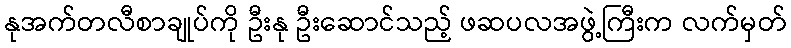
နုအက်တလီစာချုပ်ကို ဦးနု ဦးဆောင်သည့် ဖဆပလအဖွဲ့ကြီးက လက်မှတ်